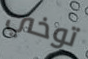
توخي